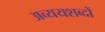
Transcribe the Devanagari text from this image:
अव्ययशब्दों